Annual administration report of the Civil Veterinary Department of India - 1894-1895
Year: 1894
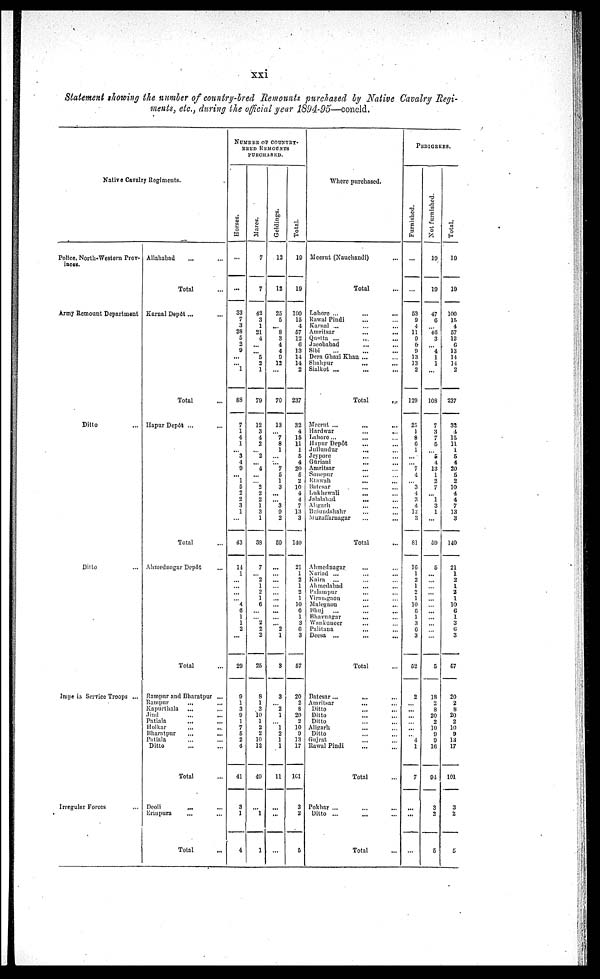
xxi
Statement showing the number of country-bred Remounts purchased by Native Cavalry Regi-
ments, etc., during the official year 1894-95—concld.
Native Cavalry Regiments.
Police, North-Western Prov-
inces.
Army Remount Department
Ditto ...
Ditto ...
Impe ia Service Troops ...
Irregular Forces ...
Allahabad ... ...
Total ...
Karnal Depôt ... ...
Total ...
Hapur Depót ... ...
Total ...
Ahmednagar Depôt ...
Total ...
Rampur and Bharatpur ...
Rampur
...
...
Kapurthala ... ...
Jind ... ...
Patiala ... ...
Holkar... ...
Bharatpur
... ...
Patiala ... ...
Ditto ... ...
Total ...
Deoli
... ...
Erinpura ... ...
Total ...
NUMBER OF COUNTRY¬
BRED REMOUNTS
PURHCHASED.
Hor s es .
...
...
33
7
3
28
5
2
9
...
... 1
88
7
1
4
1
... 3
4
9
... 1
5
2
2
3
1
...
43
11
1
...
...
...
...
4
6
1
1
2
...
29
9
1
3
9
1
7
5
2
4
41
3
1
4
Mar es .
7
7
42
3
1
21
4
...
...
5
2
1
79
12
3
4
2
...
2
...
4
...
... 2
2
2
1
3
1
38
7
... 2
1
2
1
6
...
...
2
2
2
25
8
1
3
10
1
2
2
10
12
49
...
1
1
Gel di ngs .
12
12
25
5
...
8
3
4
4
9
12
...
70
13
... 7
8
1
...
...
7
5
1
3
...
...
3
9
2
59
...
...
...
...
...
...
...
...
...
...
2
1
3
3
... 2
1
...
1
2
1
1
11
...
...
...
Tot al .
19
19
100
15
4
67
12
6
13
14
14
2
237
32
4
15
11
1
5
4
20
6
2
10
4
4
7
13
3
140
21
1
2
1
2
1
10
6
1
3
6
3
57
20
2
8
20
2
10
9
13
17
161
3
2
6
Where purchased.
Meerut (Nauchandi) ...
Total...
Lahore ... ... ...
Rawal Pindi ... ...
Karnal ...
...
...
Amritsar ... ...
Quetta ... ... ...
Jacobabad ... ...
Sibi ... ... ...
Dera Ghazi Khan ... ...
Shahpur
... ...
Sialkot ... ... ...
Total ...
Meerut ...
... ...
Hardwar ... ...
Lahore ... ... ...
Hapur Depôt ... ...
Jullundur
... ...
Jeypore ... ...
Guriani
... ...
Amritsar
... ...
Sonepur ... ...
Etawah
...
...
Batesar ... ...
Lukhewali
... ...
Jalalabad
... ...
Aligarh ... ...
Bulundshahr ... ...
Muzaffarnagar
...
...
Total
...
Ahmednagar ... ...
Nariad ...
...
...
Kaira ...
... ...
Ahmedabad
...
...
Palampur
...
...
Virnmgaon
... ...
Malegaon
...
...
Bhuj ...
...
...
Bhavnagar
...
...
Wankuneer
... ...
Palitana
...
...
Deesa ...
...
...
Total
...
Batesar
...
... ...
Amritsar ... ...
Ditto ... ...
Ditto ... ...
Ditto
...
...
Aligarh ... ...
Ditto ... ...
Gujrat
...
...
Rawal Pindi
...
...
Total
...
Pokhar ... ... ...
Ditto ...
...
Total
...
PEDIGREES.
Fur ni s hed.
...
...
53
9
4
11
9
6 9
13
13
2
129
25
1
8
6
1
...
...
7
4
...
3
4
3
4
12
3
81
16
1
2
1
2
1
10
6
1
3
6
3
52
2
...
...
...
...
...
...
4
1
7
...
...
...
Not f ur ni s hed.
19
19
47
6
...
46
3
...
4
1
1
...
108
7
3
7
5
...
5
4
13
1
2
7
...
1
3
1
...
59
5
...
...
...
...
...
...
...
...
...
...
...
5
18
2
8
20
2
10
9
9
16
94
3
2
5
Tot al .
19
19
100
15
4
57
12
6
13
14
14
2
237
32
4
15
11
1
5
4
20
5
2
10
4
4
7
13
3
140
21
1
2
1
2
1
10
6
1
3
6
3
57
20
2
8
20
2
10
9
18
17
101
3
2
5